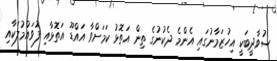
ސުވާދީބަކީ އިހުޒަމާނުގައި އެންމެ ދެކުނުގެ ތިން އަތޮޅު ކަމަށްވާ އައްޑޫ އަތޮޅާއި ފުވައްމުލަކާއި